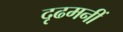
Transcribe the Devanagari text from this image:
दृढमनीं